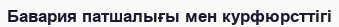
Бавария патшалығы мен курфюрсттігі